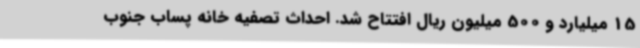
15 میلیارد و 500 میلیون ریال افتتاح شد. احداث تصفیه خانه پساب جنوب